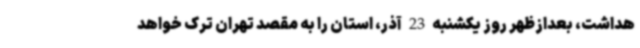
هداشت، بعدازظهر روز یکشنبه 23 آذر، استان را به مقصد تهران ترک خواهد